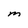
Character: M